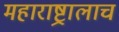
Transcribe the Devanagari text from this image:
महाराष्ट्रालाच